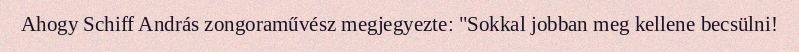
Ahogy Schiff András zongoraművész megjegyezte: "Sokkal jobban meg kellene becsülni!